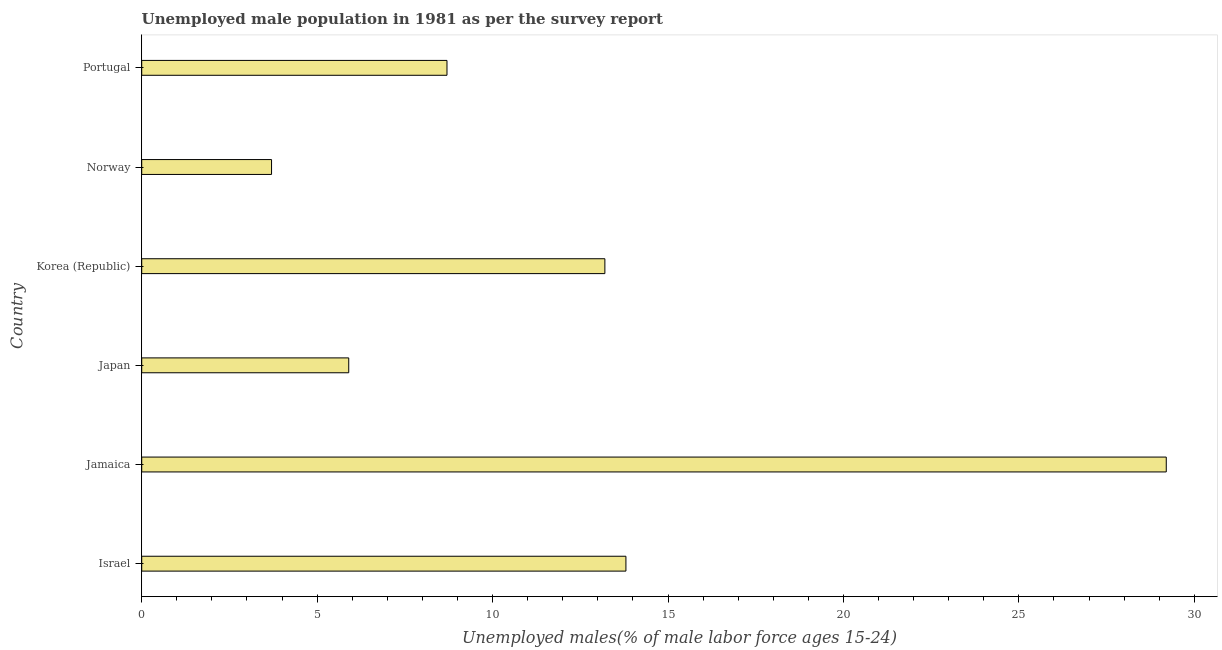
| Country | Unemployment youth male |
 | --- | --- |
 | Israel | 13.8 |
 | Jamaica | 29.2 |
 | Japan | 5.9 |
 | Korea (Republic) | 13.2 |
 | Norway | 3.7 |
 | Portugal | 8.7 |